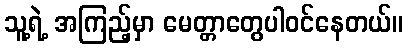
သူ့ရဲ့ အကြည့်မှာ မေတ္တာတွေပါဝင်နေတယ်။